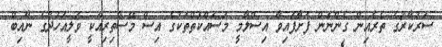
ސަރުކާރުގެ ތެރެއިން ގެންނަން ފަށާފައިވާ އިސްލާމީ މަސައްކަތްތަކުގެ އިސް މޭސްތިރިއަކީ ވަލީއަހުދުގެ ނާއިބް